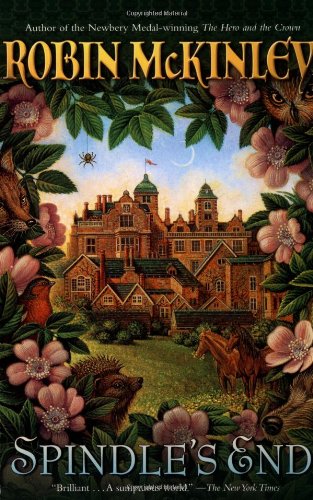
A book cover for Spindle's End; Robin Mckinley; Teen & Young Adult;